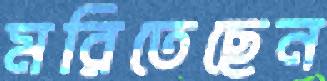
মরিতেছেন